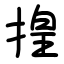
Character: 揘